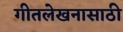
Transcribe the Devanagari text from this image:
गीतलेखनासाठी